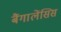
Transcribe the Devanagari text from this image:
बैंगालेंसिस